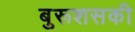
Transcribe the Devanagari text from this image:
बुरूशसकी